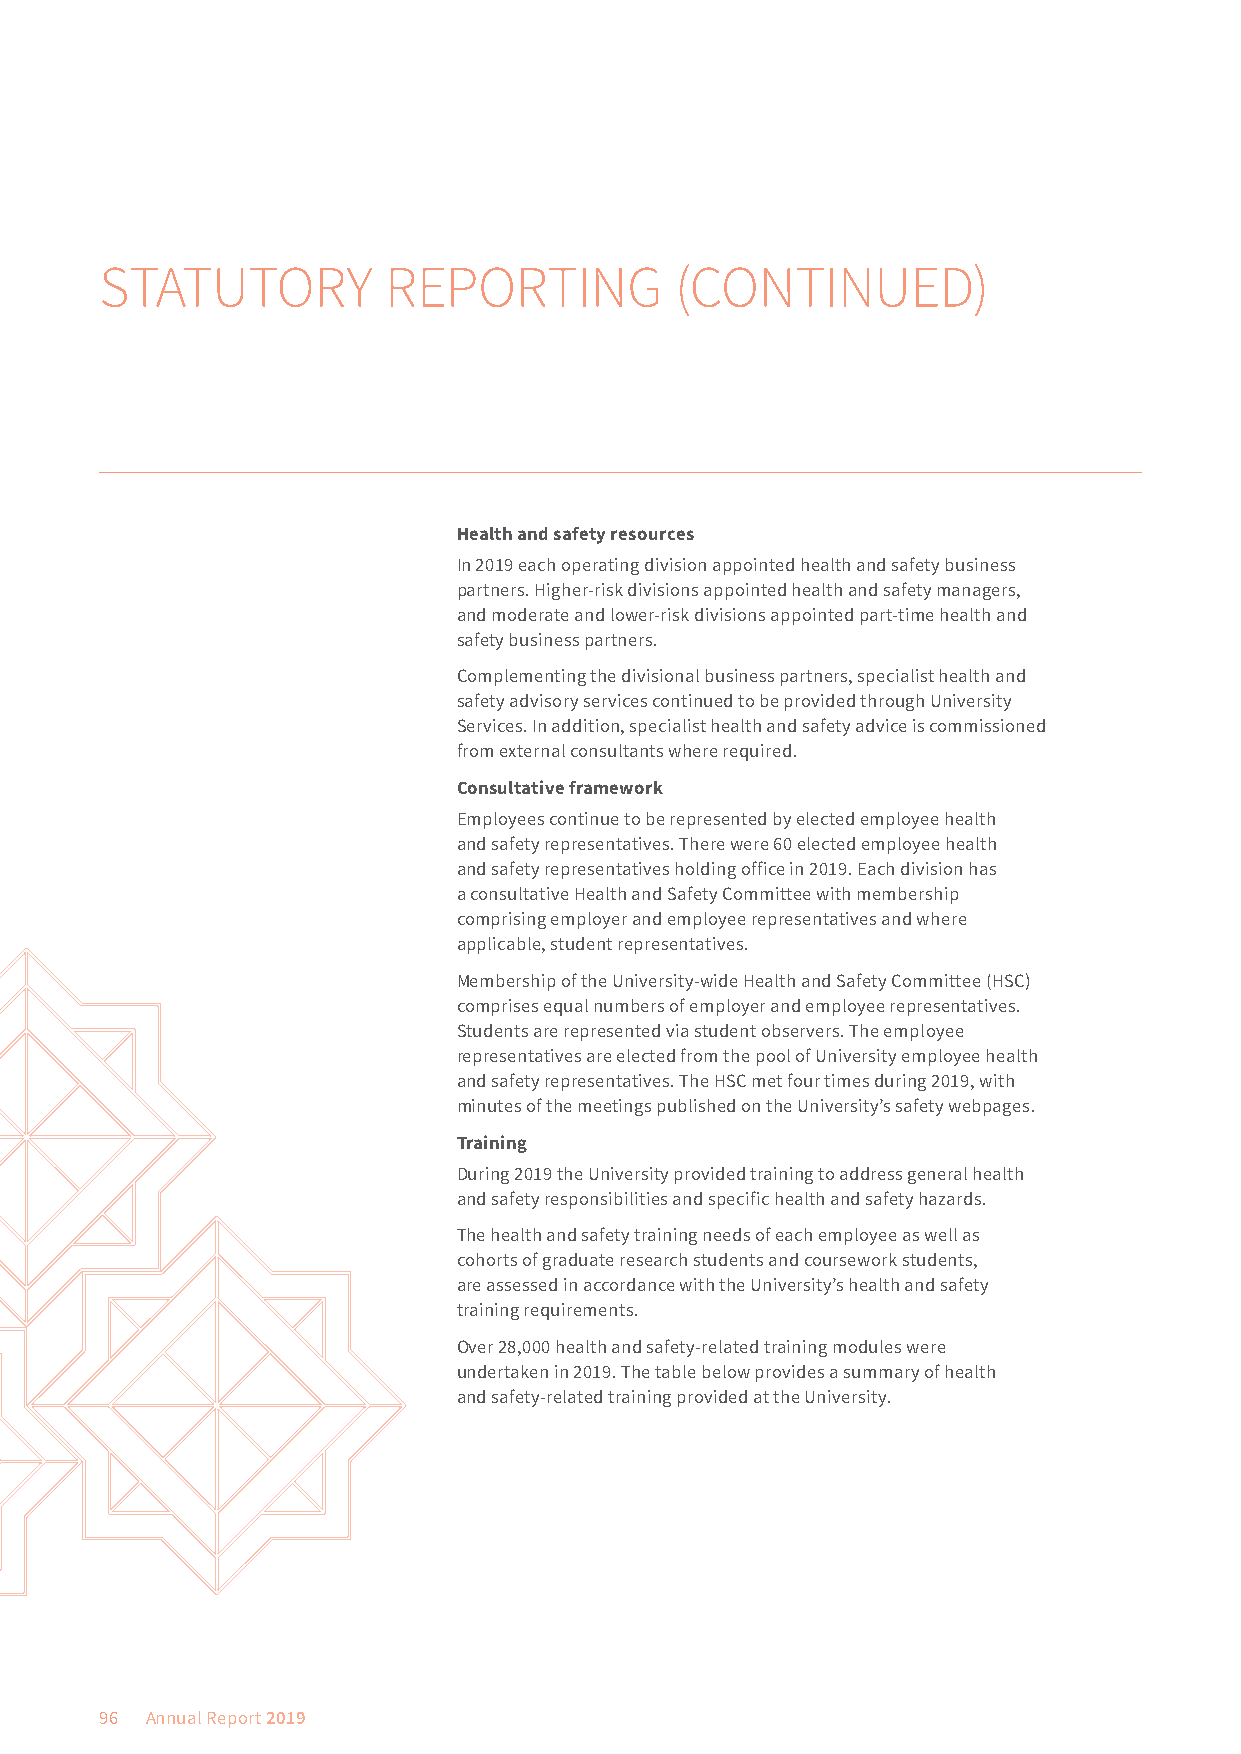
STATUTORY         REPORTING           (CONTINUED)
 Health and safety resources
 In 2019 each operating division appointed health and safety business
 partners. Higher-risk divisions appointed health and safety managers,
 and moderate and lower-risk divisions appointed part-time health and
 safety business partners.
 Complementing the divisional business partners, specialist health and
 safety advisory services continued to be provided through University
 Services. In addition, specialist health and safety advice is commissioned
 from external consultants where required.
 Consultative framework
 Employees continue to be represented by elected employee health
 and safety representatives. There were 60 elected employee health
 and safety representatives holding office in 2019. Each division has
 a consultative Health and Safety Committee with membership
 comprising employer and employee representatives and where
 applicable, student representatives.
 Membership of the University-wide Health and Safety Committee (HSC)
 comprises equal numbers of employer and employee representatives.
 Students are represented via student observers. The employee
 representatives are elected from the pool of University employee health
 and safety representatives. The HSC met four times during 2019, with
 minutes of the meetings published on the University’s safety webpages.
 Training
 During 2019 the University provided training to address general health
 and safety responsibilities and specific health and safety hazards.
 The health and safety training needs of each employee as well as
 cohorts of graduate research students and coursework students,
 are assessed in accordance with the University’s health and safety
 training requirements.
 Over 28,000 health and safety-related training modules were
 undertaken in 2019. The table below provides a summary of health
 and safety-related training provided at the University.
 96 Annual Report 2019